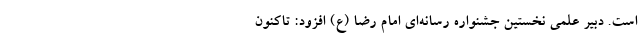
است. دبیر علمی نخستین جشنواره رسانه‌ای امام رضا (ع) افزود: تاکنون